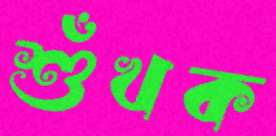
শুঁখক